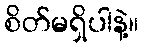
စိတ်မရှိပါနဲ့။